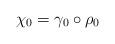
LaTeX: \begin{align*}\chi_0=\gamma_0 \circ \rho_0\end{align*}